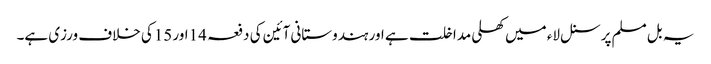
یہ بل مسلم پرسنل لاء میں کھلی مداخلت ہے اور ہندوستانی آئین کی دفعہ 14اور 15کی خلاف ورزی ہے۔